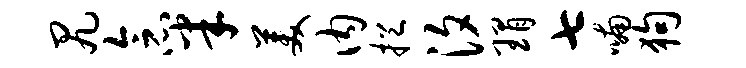
尻念半美内挹汐瑁七喃狗